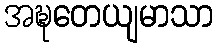
အဍ္ဎတေယျမာသာ